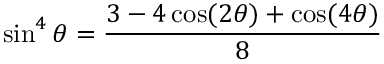
\sin ^ { 4 } \theta = { \frac { 3 - 4 \cos ( 2 \theta ) + \cos ( 4 \theta ) } { 8 } }